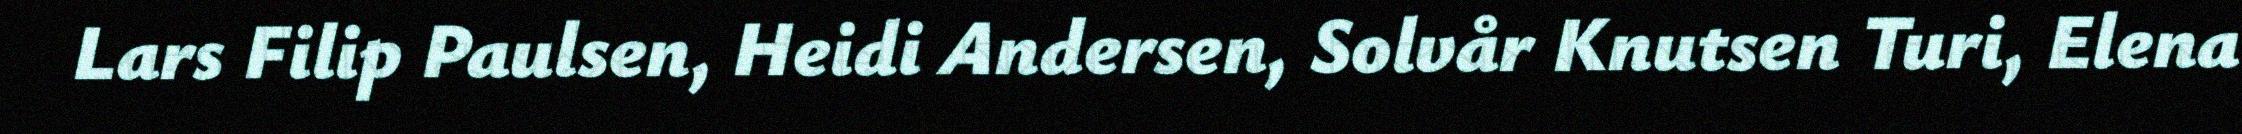
Lars Filip Paulsen, Heidi Andersen, Solvår Knutsen Turi, Elena